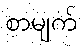
စာမျက်